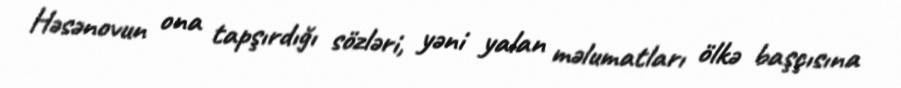
Həsənovun ona tapşırdığı sözləri, yəni yalan məlumatları ölkə başçısına